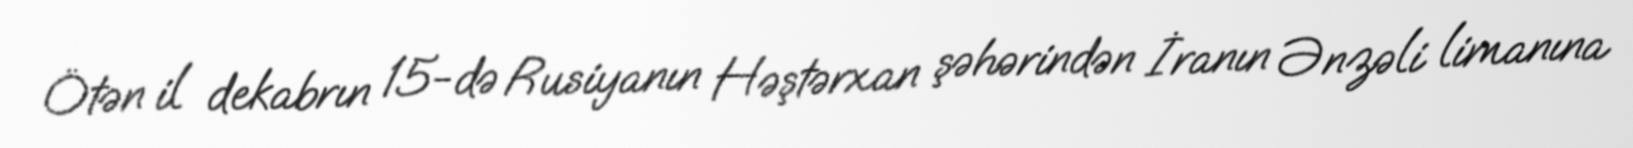
Ötən il dekabrın 15-də Rusiyanın Həştərxan şəhərindən İranın Ənzəli limanına